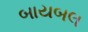
બાયબલ